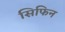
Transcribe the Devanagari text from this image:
सिफिन